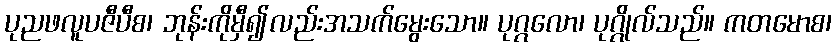
ပုညဖလူပဇီပီစ၊ ဘုန်းကိုမှီ၍လည်းအသက်မွေးသော။ ပုဂ္ဂလော၊ ပုဂ္ဂိုလ်သည်။ ကတမောစ၊